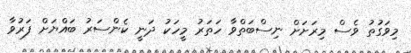
މިވަގުތު ވެސް މިރަށަށް ނިސްބަތްވާ ހަތަރު މީހަކު ދަނީ ކެންސަރު ބައްޔަށް ފަރުވާ